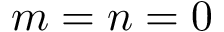
m = n = 0